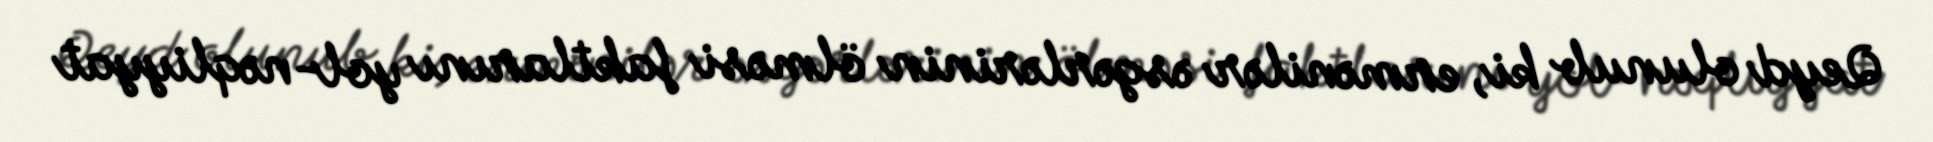
Qeyd olunub ki, ermənilər əsgərlərinin ölməsi faktlarını yol-nəqliyyat